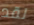
لقد